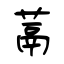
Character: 蒚